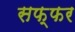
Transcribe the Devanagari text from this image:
सफ्फर